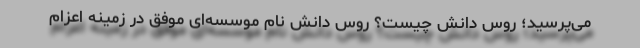
می‌پرسید؛ روس دانش چیست؟ روس دانش نام موسسه‌ای موفق در زمینه اعزام